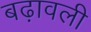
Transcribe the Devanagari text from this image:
बढ़ावली